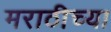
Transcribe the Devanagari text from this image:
मराठीच्‍या